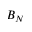
B _ { N }